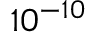
1 0 ^ { - 1 0 }